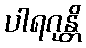
ပါရဂုန္တိ